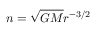
n = { \sqrt { G M } } r ^ { - 3 / 2 }